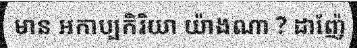
មាន អកាប្បកិរិយា យ៉ាងណា ? ដាញ៉ែ